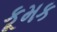
કૂમક